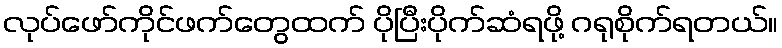
လုပ်ဖော်ကိုင်ဖက်တွေထက် ပိုပြီးပိုက်ဆံရဖို့ ဂရုစိုက်ရတယ်။